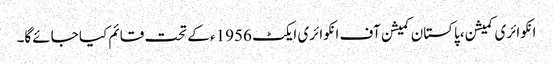
انکوائری کمیشن، پاکستان کمیشن آف انکوائری ایکٹ 1956ء کے تحت قائم کیا جائےگا۔